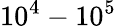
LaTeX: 10^{4}-10^{5}